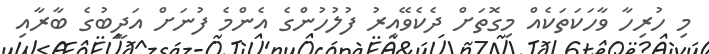
މި ހުރިހާ ވާހަކަތަކެއް މިގޮތަށް ދެކެވޭއިރު ފުލުހުންގެ އެންމެ ފުނަށް އަދީބުގެ ބާރާއި